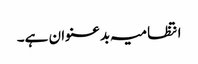
انتظامیہ بدعنوان ہے۔